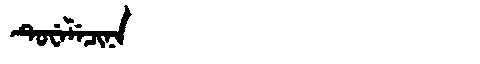
Manchu: ᡨᡠᠸᡝᠯᡝᠴᡳᠨᠠ
Romanization: TUWELECINA